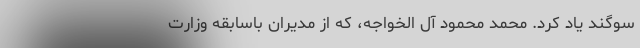
سوگند یاد کرد. محمد محمود آل الخواجه،‌ که از مدیران باسابقه وزارت